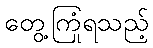
တွေ့ကြုံရသည့်